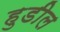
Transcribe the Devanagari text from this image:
हुडील